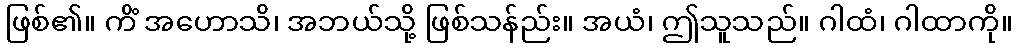
ဖြစ်၏။ ကိံ အဟောသိ၊ အဘယ်သို့ ဖြစ်သန်ည်း။ အယံ၊ ဤသူသည်။ ဂါထံ၊ ဂါထာကို။